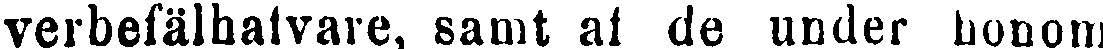
verbefälhalvare, samt al de under honom